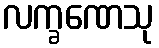
လက္ခဏေသု